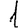
Digit: 1